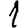
Digit: 1